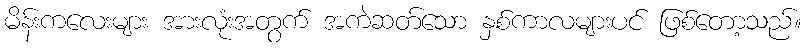
မိန်းကလေးများ အားလုံးအတွက် အကဲဆတ်သော နှစ်ကာလများပင် ဖြစ်တော့သည်။